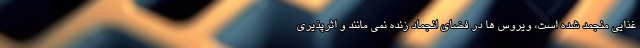
غذایی منجمد شده است، ویروس ها در فضای انجماد زنده نمی مانند و اثرپذیری